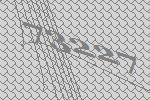
73227